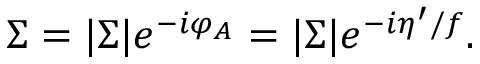
\Sigma = | \Sigma | e ^ { - i \varphi _ { A } } = | \Sigma | e ^ { - i \eta ^ { \prime } / f } .